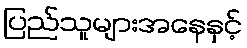
ပြည်သူများအနေနှင့်